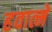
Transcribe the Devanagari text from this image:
हवात्मे